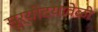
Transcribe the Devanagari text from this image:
सूर्योदयावेळी